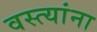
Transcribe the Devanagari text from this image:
वस्त्यांना